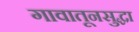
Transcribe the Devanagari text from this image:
गावातूनसुद्धा